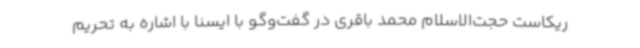
ریکاست حجت‌الاسلام محمد باقری در گفت‌وگو با ایسنا با اشاره به تحریم